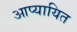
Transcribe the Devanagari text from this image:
आप्यायित